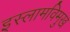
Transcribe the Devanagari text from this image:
इस्लामविमुख